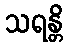
သရန္တိ